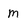
Character: M